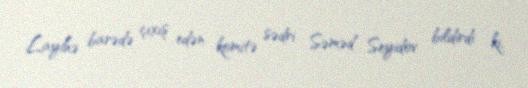
Layihə barədə çıxış edən komitə sədri Səməd Seyidov bildirdi ki,